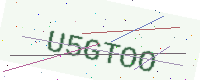
Text: U5GTOO